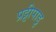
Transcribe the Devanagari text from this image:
प्रट्टीपाडु